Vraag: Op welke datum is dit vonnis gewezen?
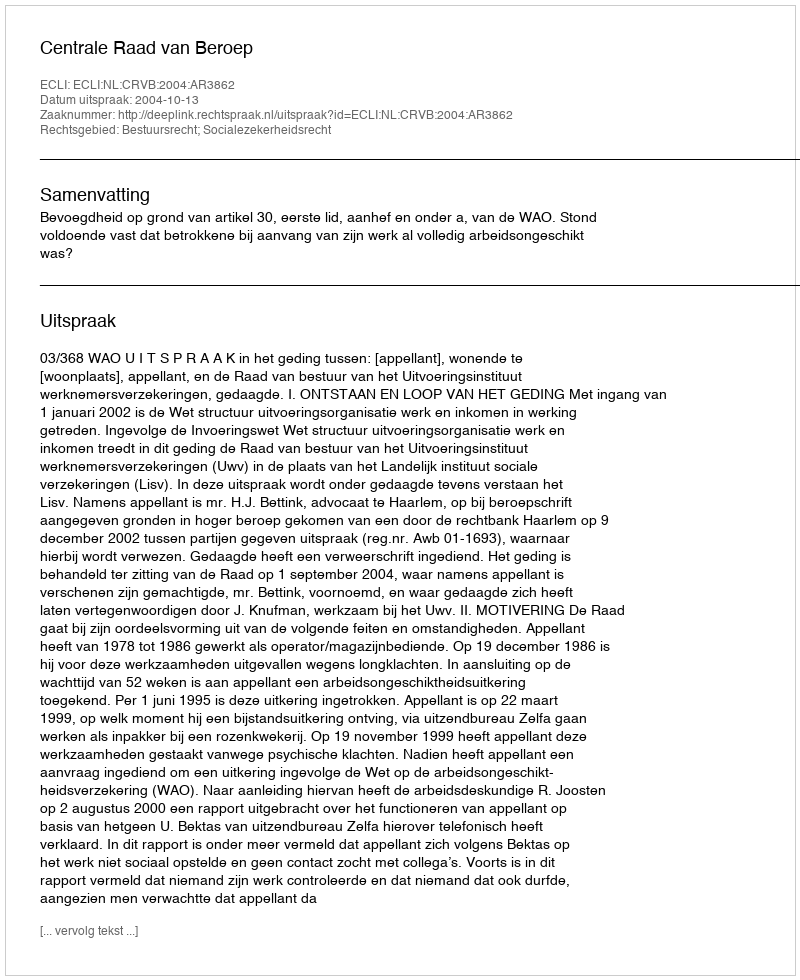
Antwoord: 2004-10-13